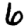
Digit: 6